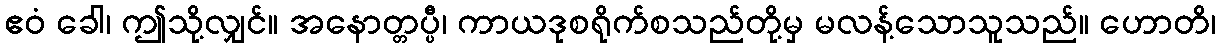
ဧဝံ ခေါ၊ ဤသို့လျှင်။ အနောတ္တပ္ပီ၊ ကာယဒုစရိုက်စသည်တို့မှ မလန့်သောသူသည်။ ဟောတိ၊